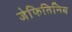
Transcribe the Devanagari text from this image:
जेफितिनिब